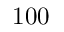
1 0 0